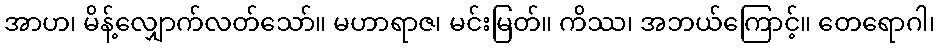
အာဟ၊ မိန့်လျှောက်လတ်သော်။ မဟာရာဇ၊ မင်းမြတ်။ ကိဿ၊ အဘယ်ကြောင့်။ တေရောဂါ၊